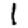
Digit: 1